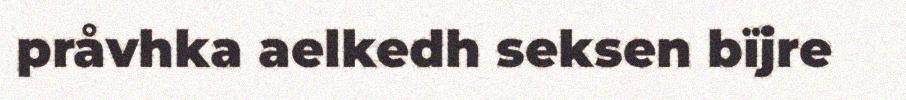
pråvhka aelkedh seksen bïjre